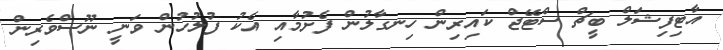
އާޓިފިޝަލް ބީޗް ސްޓޭޖް ކައިރިން ހިނގާލުން ފެށުމާއި އެކު ފުލުހުން ވަނީ ނޫސްވެރިން